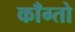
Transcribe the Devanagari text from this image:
काँग्तो